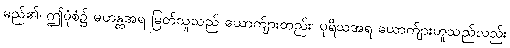
မည်၏၊ ဤပုံစံ၌ မဟန္တအရ မြတ်သူသည် ယောက်ျားတည်း၊ ပုရိသအရ ယောက်ျားဟူသည်လည်း